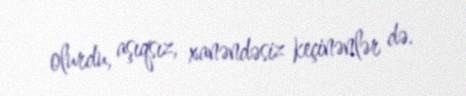
olurdu, aşıqsız, xanəndəsiz keçinənlər də.